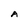
Character: A